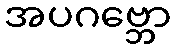
အပဂဗ္ဘော